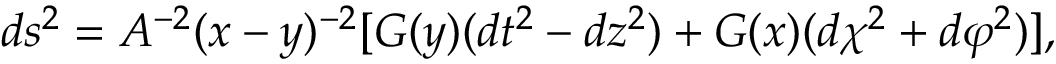
d s ^ { 2 } = A ^ { - 2 } ( x - y ) ^ { - 2 } [ G ( y ) ( d t ^ { 2 } - d z ^ { 2 } ) + G ( x ) ( d \chi ^ { 2 } + d \varphi ^ { 2 } ) ] ,